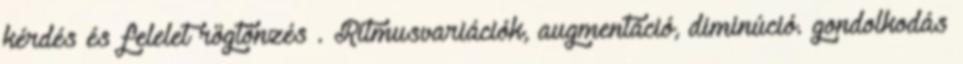
kérdés és felelet rögtönzés . Ritmusvariációk, augmentáció, diminúció. gondolkodás